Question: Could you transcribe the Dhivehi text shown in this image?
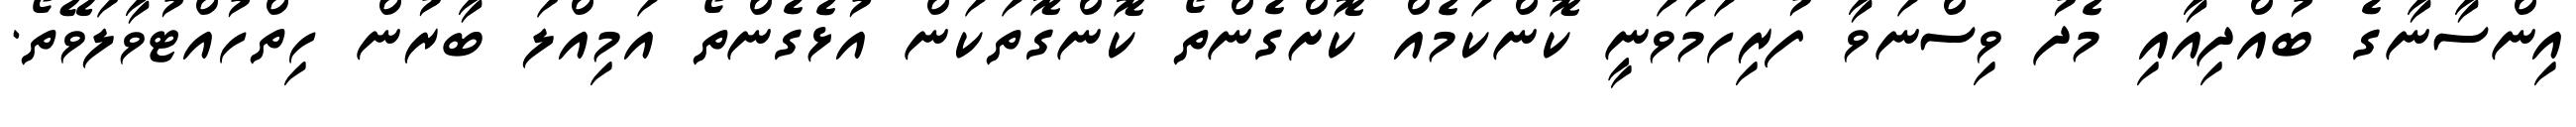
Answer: އިންސާނާގެ ބުއްދިއާއި މެދު ވިސްނަވާ ފުރިހަމަވަނީ ކޮންކަމެއް ކޮށްގެންތޯ ކޮންގޮތަކަން އުޅެގެންތޯ އަމިއްލަ ބާރުން ހިތްހުއްޓުވާލަވޭތޯ.